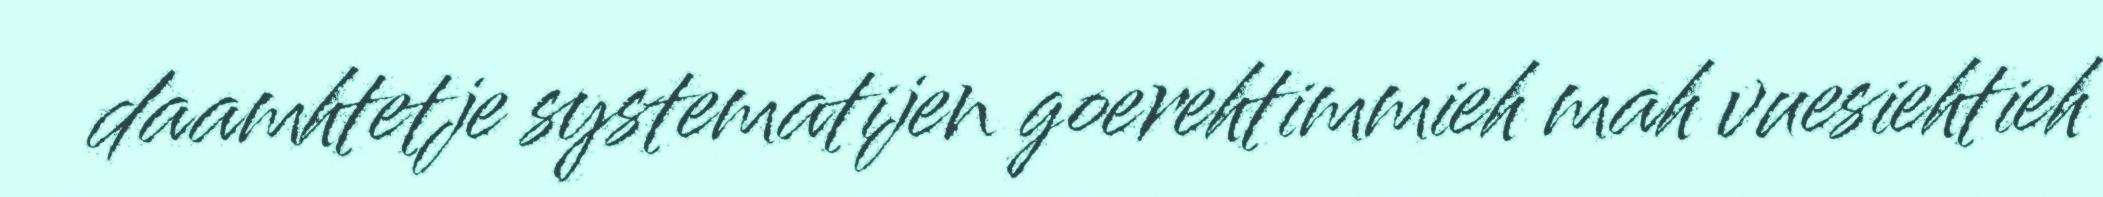
daamhtetje systematijen goerehtimmieh mah vuesiehtieh